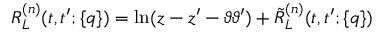
R _ { L } ^ { ( n ) } ( t , t ^ { \prime } ; \{ q \} ) = \ln ( z - z ^ { \prime } - \vartheta \vartheta ^ { \prime } ) + \tilde { R } _ { L } ^ { ( n ) } ( t , t ^ { \prime } ; \{ q \} )